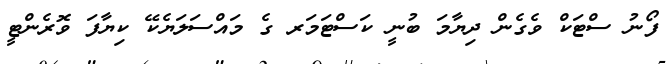
ފޯނު ސްޓަކް ވެގެން ދިޔާމަ ބުނީ ކަސްޓަމަރ ގެ މައްސަލަޔެކޭ ކިޔާފަ ވޮރެންޓީ